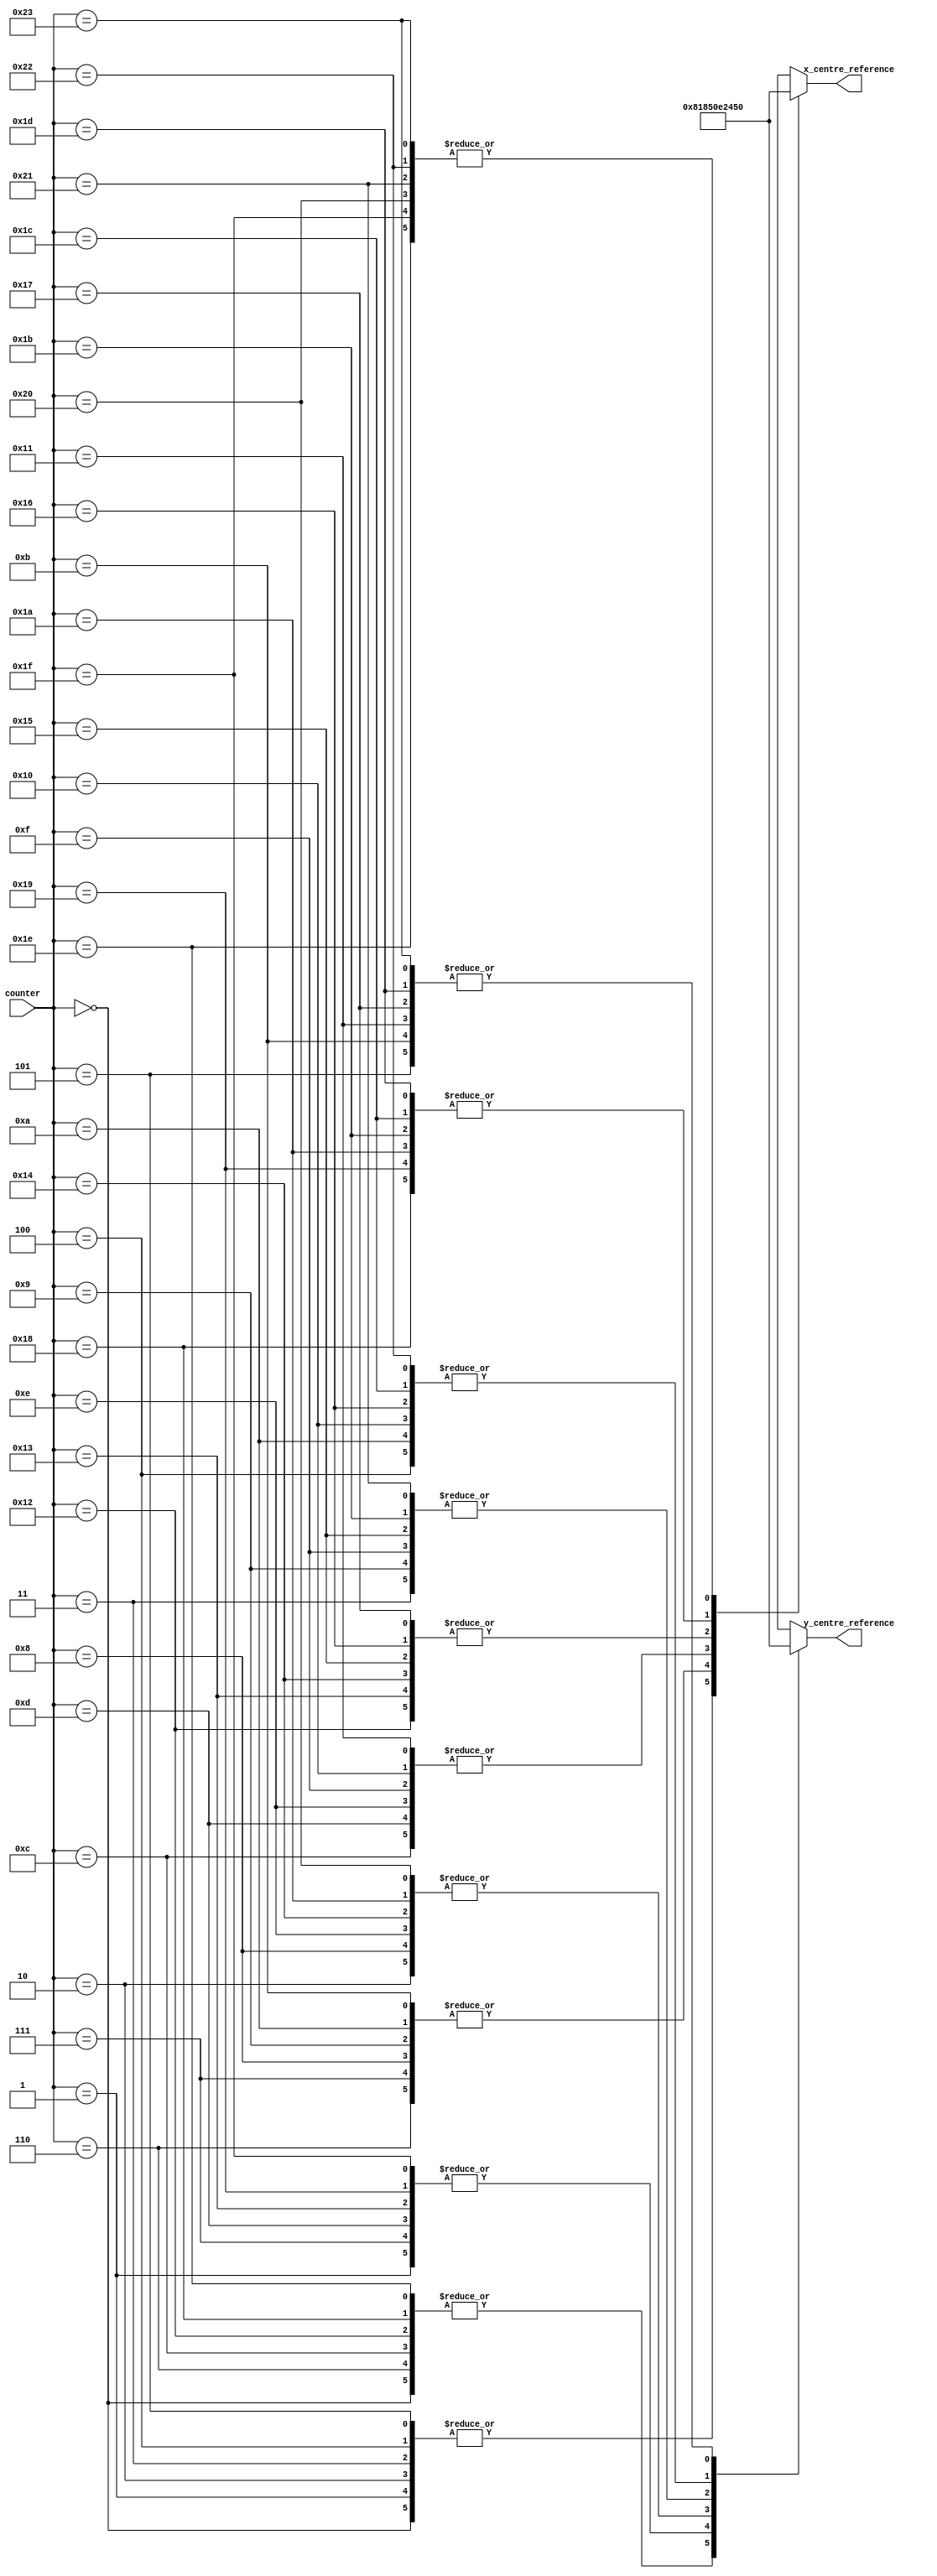
module reference_search_area_centre(input [5:0] counter, output [6:0] x_centre_reference, y_centre_reference);
wire [6:0] x_centre[0:35];
wire [6:0] y_centre[0:35];
assign x_centre[0]=16;
assign x_centre[1]=16;
assign x_centre[2]=16;
assign x_centre[3]=16;
assign x_centre[4]=16;
assign x_centre[5]=16;
assign x_centre[6]=24;
assign x_centre[7]=24;
assign x_centre[8]=24;
assign x_centre[9]=24;
assign x_centre[10]=24;
assign x_centre[11]=24;
assign x_centre[12]=40;
assign x_centre[13]=40;
assign x_centre[14]=40;
assign x_centre[15]=40;
assign x_centre[16]=40;
assign x_centre[17]=40;
assign x_centre[18]=56;
assign x_centre[19]=56;
assign x_centre[20]=56;
assign x_centre[21]=56;
assign x_centre[22]=56;
assign x_centre[23]=56;
assign x_centre[24]=72;
assign x_centre[25]=72;
assign x_centre[26]=72;
assign x_centre[27]=72;
assign x_centre[28]=72;
assign x_centre[29]=72;
assign x_centre[30]=80;
assign x_centre[31]=80;
assign x_centre[32]=80;
assign x_centre[33]=80;
assign x_centre[34]=80;
assign x_centre[35]=80;

assign y_centre[0]=16;
assign y_centre[1]=24;
assign y_centre[2]=40;
assign y_centre[3]=56;
assign y_centre[4]=72;
assign y_centre[5]=80;
assign y_centre[6]=16;
assign y_centre[7]=24;
assign y_centre[8]=40;
assign y_centre[9]=56;
assign y_centre[10]=72;
assign y_centre[11]=80;
assign y_centre[12]=16;
assign y_centre[13]=24;
assign y_centre[14]=40;
assign y_centre[15]=56;
assign y_centre[16]=72;
assign y_centre[17]=80;
assign y_centre[18]=16;
assign y_centre[19]=24;
assign y_centre[20]=40;
assign y_centre[21]=56;
assign y_centre[22]=72;
assign y_centre[23]=80;
assign y_centre[24]=16;
assign y_centre[25]=24;
assign y_centre[26]=40;
assign y_centre[27]=56;
assign y_centre[28]=72;
assign y_centre[29]=80;
assign y_centre[30]=16;
assign y_centre[31]=24;
assign y_centre[32]=40;
assign y_centre[33]=56;
assign y_centre[34]=72;
assign y_centre[35]=80;

//fetching the centre coordinates from the register file
assign x_centre_reference=x_centre[counter];
assign y_centre_reference=y_centre[counter];

endmodule